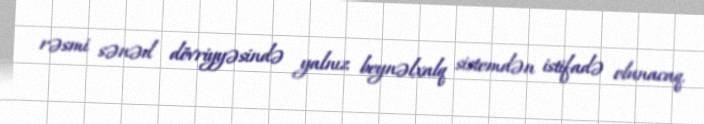
rəsmi sənəd dövriyyəsində yalnız beynəlxalq sistemdən istifadə olunacaq.